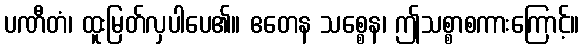
ပဏီတံ၊ ထူးမြတ်လှပါပေ၏။ ဧတေန သစ္စေန၊ ဤသစ္စာစကားကြောင့်။